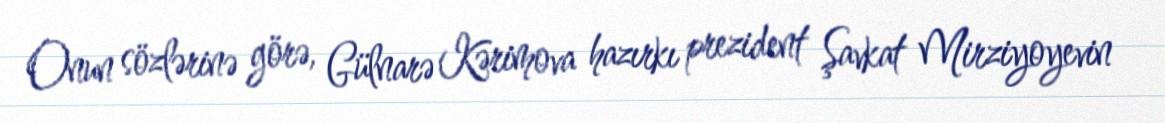
Onun sözlərinə görə, Gülnarə Kərimova hazırkı prezident Şavkat Mirziyoyevin